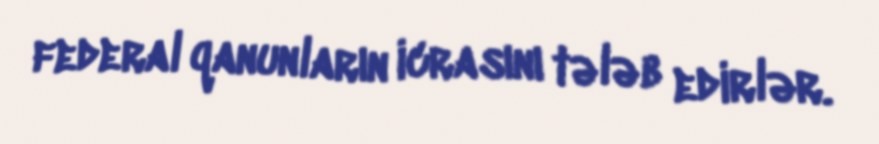
federal qanunların icrasını tələb edirlər.